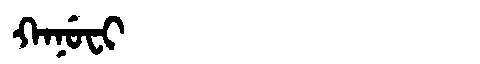
Manchu: ᡴᠠᠨᡠᠸᡳ
Romanization: KANUFI